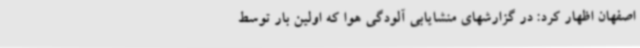
اصفهان اظهار کرد: در گزارشهای منشایابی آلودگی هوا که اولین بار توسط